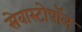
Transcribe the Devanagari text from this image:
सेवास्टोपॉल